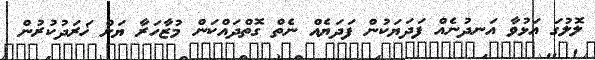
ލޮލުގަ އަޅުވާ އަނދުނެއް ފަދަޔަކުން ފަދަޔެއް ނެތް ގޮތްދައްކަން މުޒާހަރާ ޔަށް ޚަރަދުކުރުން